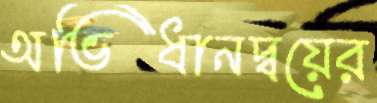
অভিধানদ্বয়ের